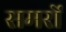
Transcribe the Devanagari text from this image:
समरों